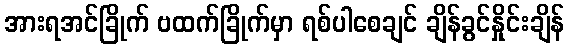
အားရအင်ခြိုက် ဗထက်ခြိုက်မှာ ရစ်ပါစေချင် ချိန်ခွင်နှိုင်းချိန်